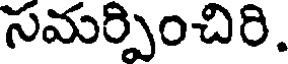
సమర్పించిరి.